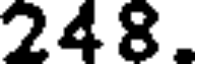
248.